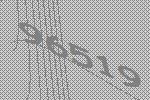
96519